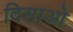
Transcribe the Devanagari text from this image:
दिसाओ